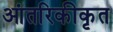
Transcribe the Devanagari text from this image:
आंतरिकीकृत